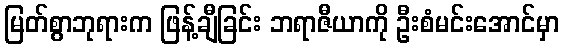
မြတ်စွာဘုရားက ဖြန့်ချီခြင်း ဘရာဇီယာကို ဦးစံမင်းအောင်မှာ